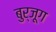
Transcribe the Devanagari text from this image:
बुर्जूग